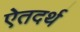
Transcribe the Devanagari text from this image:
ऐतदर्थ